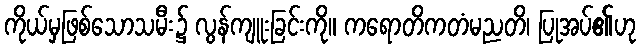
ကိုယ်မှဖြစ်သောသမီး၌ လွန်ကျူးခြင်းကို။ ကရောတိကတံမညတိ၊ ပြုအပ်၏ဟု